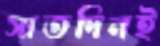
সাতদিনই